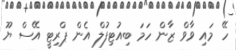
ހޭ މައި ވާވް ޒާން ހަމަ ބިއުޓިފުލް އެން ޕްރިޓީ އޭސް ޔޫ